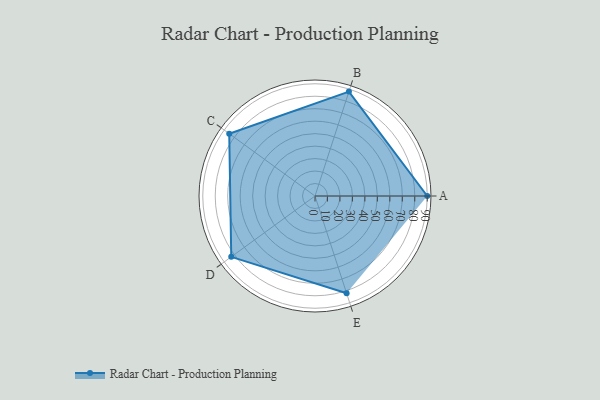
{"axis": {"x": "Skill", "y": "Score"}, "legend": ["Profile"], "data": [{"x": "A", "y": 90.0, "type": "Profile"}, {"x": "B", "y": 88.0, "type": "Profile"}, {"x": "C", "y": 85.0, "type": "Profile"}, {"x": "D", "y": 83.0, "type": "Profile"}, {"x": "E", "y": 82.0, "type": "Profile"}]}